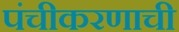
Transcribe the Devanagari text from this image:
पंचीकरणाची